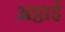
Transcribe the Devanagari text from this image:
अठ्ठाई